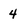
Character: 4